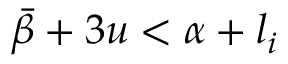
\bar { \beta } + 3 u < \alpha + l _ { i }